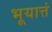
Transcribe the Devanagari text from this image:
भूयात्तं